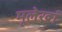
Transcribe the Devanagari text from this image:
मूलेखां